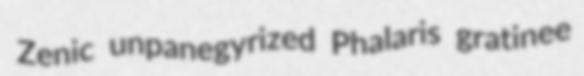
Zenic unpanegyrized Phalaris gratinee